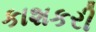
કાશકરી